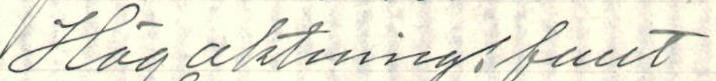
Högaktningsfullt